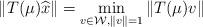
LaTeX: \begin{align*}\| T(\mu)\widehat{x}\|=\min_{v\in \mathcal{W},\| v\|=1}\| T(\mu)v\|\end{align*}